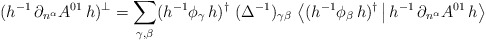
\begin{align*}(h^{-1}\,\partial_{n^\alpha}A^{01}\,h)^\bot=\sum_{\gamma,\beta} (h^{-1}\phi_\gamma\, h)^\dagger\ (\Delta^{-1})_{\gamma\beta}\ \big\langle (h^{-1}\phi_\beta\, h)^\dagger\,\big|\,h^{-1}\,\partial_{n^\alpha}A^{01}\,h\big\rangle\end{align*}